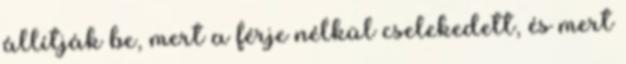
állítják be, mert a férje nélkül cselekedett, és mert